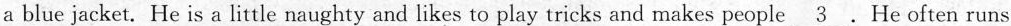
a blue jacket. He is a little naughty and likes to play tricks and makes people \underline{3}.He often runs